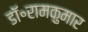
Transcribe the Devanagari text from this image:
डॉ॰रामकुमार